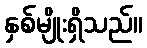
နှစ်မျိုးရှိသည်။